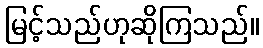
မြင့်သည်ဟုဆိုကြသည်။